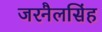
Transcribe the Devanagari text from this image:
जरनैलसिंह